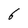
Character: 6